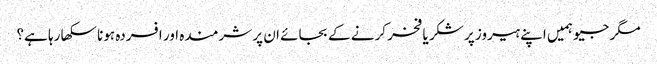
مگر جیو ہمیں اپنے ہیروز پر شکر یا فخر کرنے کے بجائے ان پر شرمندہ اور افسردہ ہونا سکھا رہا ہے؟